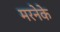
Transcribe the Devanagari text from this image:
मरनेके